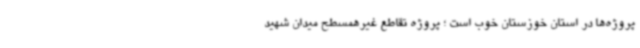
پروژه‌ها در استان خوزستان خوب است ؛ پروژه تقاطع غیرهمسطح میدان شهید